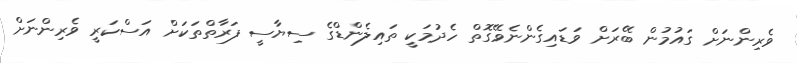
ވެރިންނަށް ގައުމުން ބޭރަށް ވަޑައިގެންނެވޭގޮތް ހެދުމަކީ ތައިލެންޑްގެ ސިޔާސީ ފަރާތްތަކަށް އަސްކަރީ ވެރިންނަށް